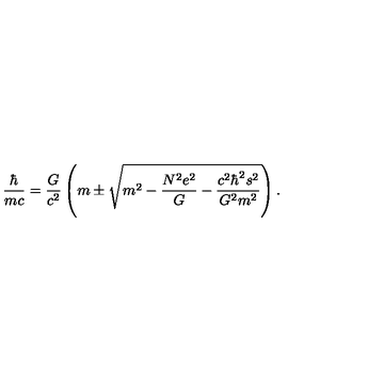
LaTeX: \frac { \hbar } { m c } = \frac { G } { c ^ { 2 } } \left( m \pm \sqrt { m ^ { 2 } - \frac { N ^ { 2 } e ^ { 2 } } { G } - \frac { c ^ { 2 } \hbar ^ { 2 } s ^ { 2 } } { G ^ { 2 } m ^ { 2 } } } \right) .